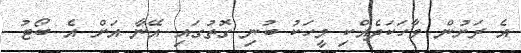
އެ ރަށުން ވާހަކަދެއްކި މީހަކު ބުނި ގޮތުގައި އޭނާ އަށް އެ ބޯޓު